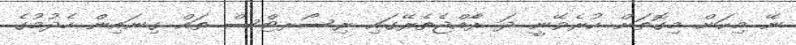
ނޭ މިކަން މިގޮތަށް ކުރެވޭނީ ދަ ރާެއްޖެތެރޭގައި ރިސޯރޓްސް ތައް ގިނައިން ހެދުމުގެ